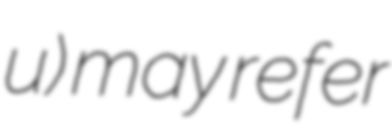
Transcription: u) may refer